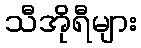
သီအိုရီများ